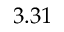
3 . 3 1